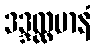
ဒဒ္ဒလ္လမာနံ